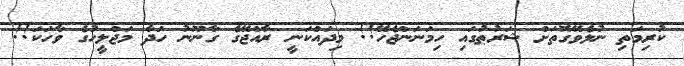
ކުރިމަތި ނުލެވޭގޮތަށް ޝަރުޠުގައި ހިމަނަންޖެހޭ!! މިދައްކަނީ ރާއްޖޭގެ ގާނޫނު ހަދާ މަޖްލީހުގެ ވާހަކަ!!